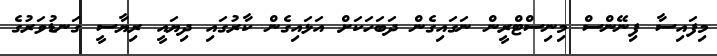
މިފައިސާ ފިނޭންސް މިނިސްޓްރީން ނަގައިގެން ދަބަހަކަށް އަޅައިގެން ކާރުގައި ދިޔައީ ރިޔާސީ ގަނޑުވަރުގެ